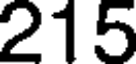
215